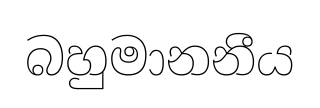
බහුමානනීය